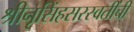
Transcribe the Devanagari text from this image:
श्रीनृसिंहसरस्वतींची